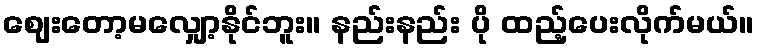
ဈေးတော့မလျှော့နိုင်ဘူး။ နည်းနည်း ပို ထည့်ပေးလိုက်မယ်။